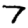
Digit: 7